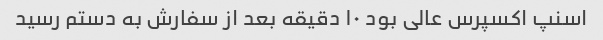
اسنپ اکسپرس عالی بود ۱۰ دقیقه بعد از سفارش به دستم رسید